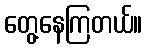
တွေ့နေကြတယ်။